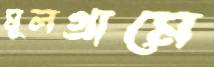
মূলগ্রামে